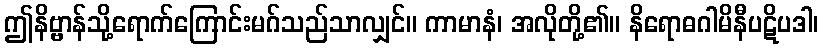
ဤနိဗ္ဗာန်သို့ရောက်ကြောင်းမဂ်သည်သာလျှင်။ ကာမာနံ၊ အလိုတို့၏။ နိရောဓဂါမိနီပဋိပဒါ၊